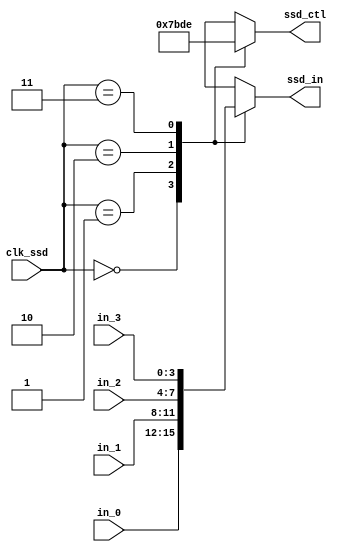
`define BCD_BIT_WIDTH 4
`define SSD_NUM 4

module scanctl(
  ssd_ctl, // ssd display control signal 
  ssd_in, // output to ssd display
  in_0, // 1st input
  in_1, // 2nd input
  in_2, // 3rd input
  in_3,  // 4th input
  clk_ssd // divided clock for scan control
);

output [`BCD_BIT_WIDTH-1:0] ssd_in; // Binary data 
output [`SSD_NUM-1:0] ssd_ctl; // scan control for 7-segment display
input [`BCD_BIT_WIDTH-1:0] in_0, in_1, in_2, in_3; // binary input control for the four digits 
input [1:0] clk_ssd; // divided clock for scan control

reg [`SSD_NUM-1:0] ssd_ctl; // scan control for 7-segment display (in the always block)
reg [`BCD_BIT_WIDTH-1:0] ssd_in; // 7 segment display control (in the always block)

always @*
  case (clk_ssd)
    2'b00: 
    begin
      ssd_ctl = 4'b0111;
      ssd_in = in_0;
    end
    2'b01: 
    begin
      ssd_ctl = 4'b1011;
      ssd_in = in_1;
    end
    2'b10: 
    begin
      ssd_ctl = 4'b1101;
      ssd_in = in_2;
    end
    2'b11: 
    begin
      ssd_ctl = 4'b1110;
      ssd_in = in_3;
    end
    default: 
    begin
      ssd_ctl=4'b0000;
      ssd_in = in_0;
    end
  endcase
endmodule